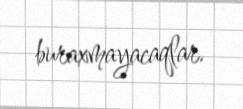
buraxmayacaqlar.